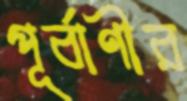
পূর্বাণীর